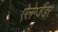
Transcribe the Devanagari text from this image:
ऐलेग्ज़ैंडर